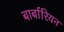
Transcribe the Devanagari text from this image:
बार्बारियन